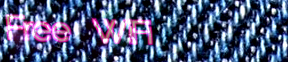
Free WiFi